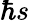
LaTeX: \hbar s